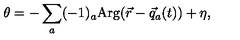
\theta = - \sum _ { a } ( - 1 ) _ { a } \mathrm { A r g } ( \vec { r } - \vec { q } _ { a } ( t ) ) + \eta ,